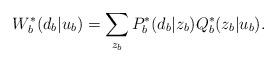
LaTeX: \begin{align*} W_b^*(d_b|u_b) = \sum_{z_b} P_b^*(d_b|z_b) Q_b^*(z_b|u_b).\end{align*}